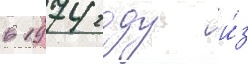
в 1974 году и́з